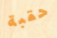
حقبة